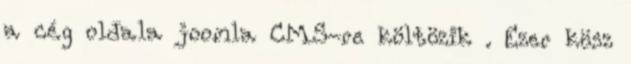
a cég oldala joomla CMS-re költözik . Ezer kösz